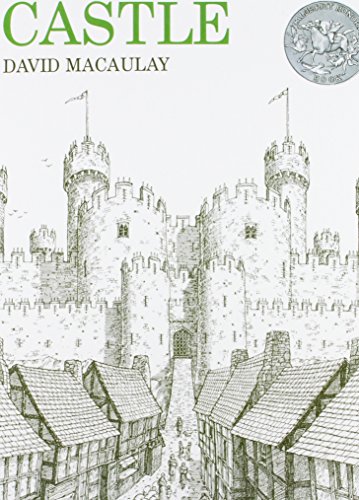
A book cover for Castle; David MacAulay; Teen & Young Adult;